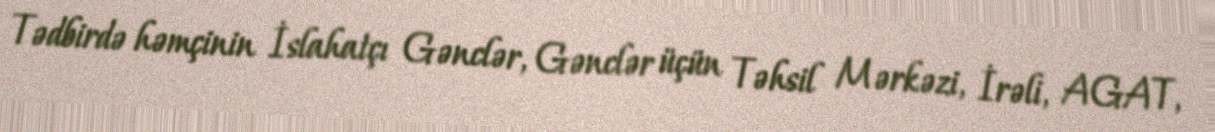
Tədbirdə həmçinin İslahatçı Gənclər, Gənclər üçün Təhsil Mərkəzi, İrəli, AGAT,